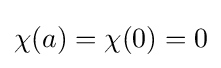
\chi (a)=\chi (0)=0